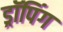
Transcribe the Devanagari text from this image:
ड्रॉपिंग